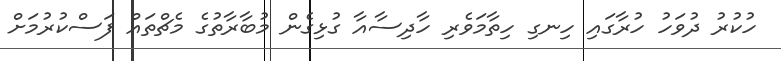
ހުކުރު ދުވަހު ހުރާގައި ހިނގި ހިތާމަވެރި ހާދިސާއާ ގުޅިގެން މުބާރާތުގެ މެޗްތައް ފަސްކުރުމަށް